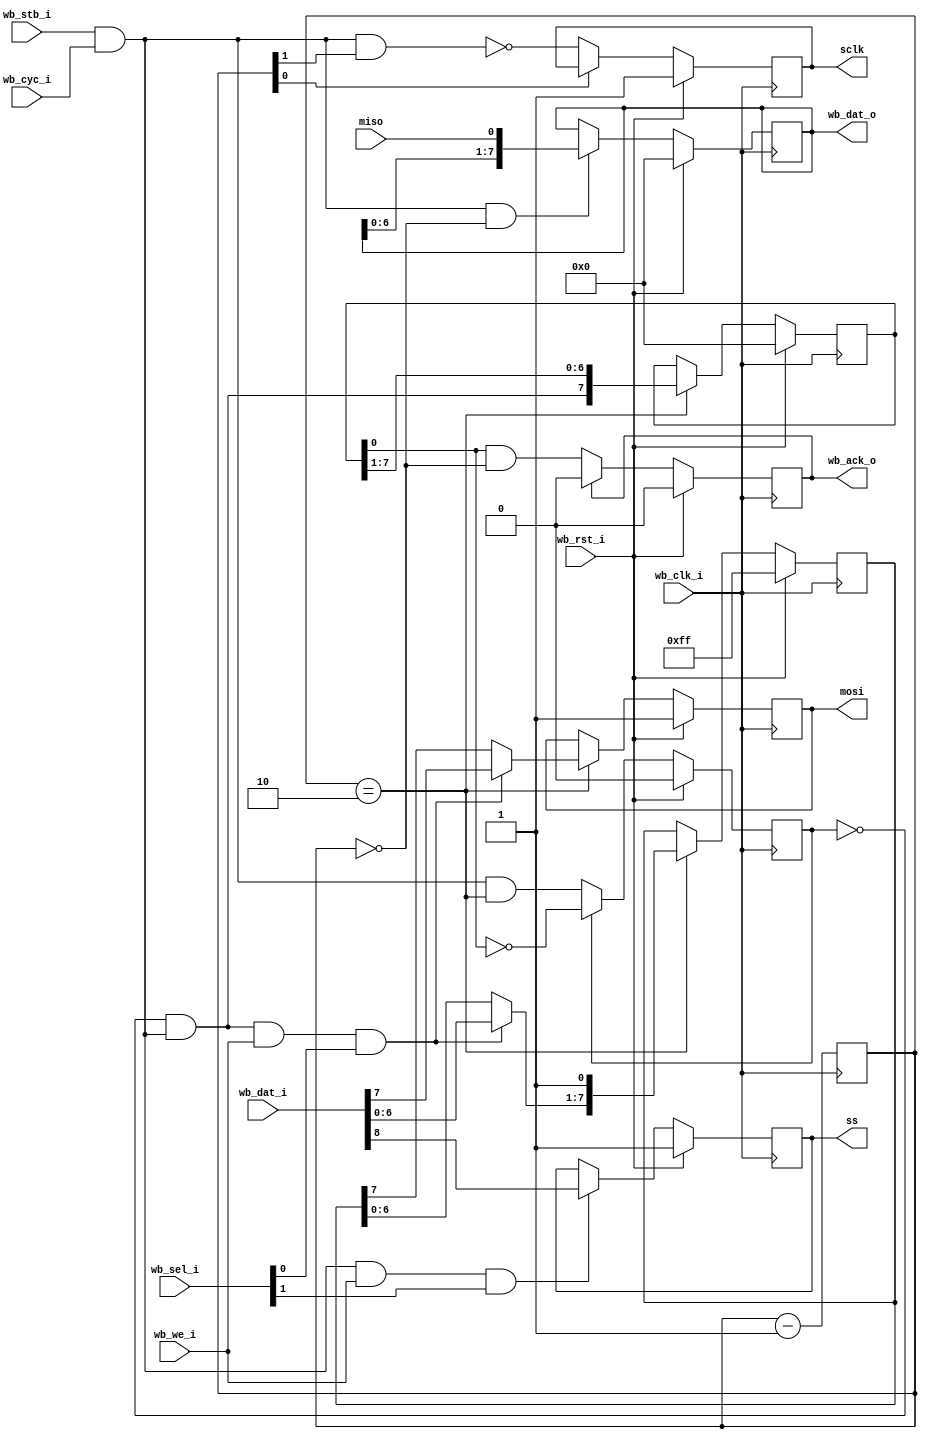
module sdspi (
    output reg 			sclk,		
    input      			miso,
    output reg 			mosi,
    output reg 			ss,
    input            	wb_clk_i,	
    input            	wb_rst_i,
    input      [8:0] 	wb_dat_i,
    output reg [7:0] 	wb_dat_o,
    input            	wb_we_i,
    input      [1:0] 	wb_sel_i,
    input            	wb_stb_i,
    input            	wb_cyc_i,
    output reg       	wb_ack_o
  );
  wire       op;
  wire       start;
  wire       send;
  reg  [7:0] tr;
  reg        st;
  reg  [7:0] sft;
  reg  [1:0] clk_div;
  assign op     = wb_stb_i & wb_cyc_i;
  assign start  = !st & op;
  assign send   = start & wb_we_i & wb_sel_i[0];
  always @(posedge wb_clk_i)
    mosi <= wb_rst_i ? 1'b1 : (clk_div==2'b10 ? (send ? wb_dat_i[7] : tr[7]) : mosi);
  always @(posedge wb_clk_i)
    tr <= wb_rst_i ? 8'hff : (clk_div==2'b10 ? { (send ? wb_dat_i[6:0] : tr[6:0]), 1'b1 } : tr);
  always @(posedge wb_clk_i)
    wb_ack_o <= wb_rst_i ? 1'b0 : (wb_ack_o ? 1'b0 : (sft[0] && clk_div==2'b00));
  always @(posedge wb_clk_i)
    sft <= wb_rst_i ? 8'h0 : (clk_div==2'b10 ? { start, sft[7:1] } : sft);
  always @(posedge wb_clk_i)
    st <= wb_rst_i ? 1'b0 : (st ? !sft[0] : op && clk_div==2'b10);
  always @(posedge wb_clk_i)
    wb_dat_o <= wb_rst_i ? 8'h0 : ((op && clk_div==2'b0) ? { wb_dat_o[6:0], miso } : wb_dat_o);
  always @(posedge wb_clk_i)
    sclk <= wb_rst_i ? 1'b1 : (clk_div[0] ? sclk : !(op & clk_div[1]));
  always @(negedge wb_clk_i)
    ss <= wb_rst_i ? 1'b1 : ((op & wb_we_i & wb_sel_i[1]) ? wb_dat_i[8] : ss);
  always @(posedge wb_clk_i) clk_div <= clk_div - 2'd1;
endmodule